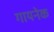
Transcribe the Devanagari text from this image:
गायनेक